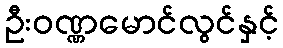
ဦးဝဏ္ဏမောင်လွင်နှင့်